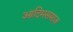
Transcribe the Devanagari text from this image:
आदिमसमाज